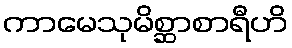
ကာမေသုမိစ္ဆာစာရီဟိ